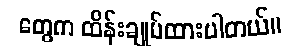
တွေက ထိန်းချုပ်ထားပါတယ်။